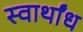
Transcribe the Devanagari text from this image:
स्वार्थांध